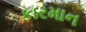
કારમાન